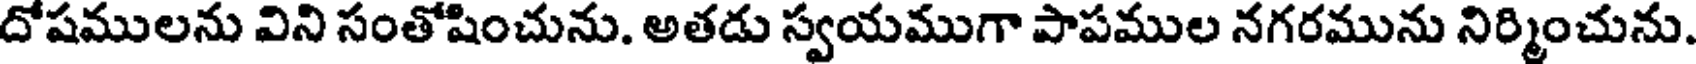
దోషములను విని సంతోషించును. అతడు స్వయముగా పాపముల నగరమును నిర్మించును.